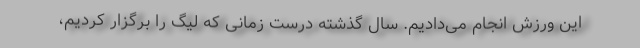
این ورزش انجام می‌دادیم. سال گذشته درست زمانی که لیگ را برگزار کردیم،